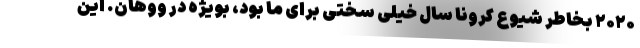
۲۰۲۰ بخاطر شیوع کرونا سال خیلی سختی برای ما بود، بویژه در ووهان. این